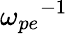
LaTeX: {\omega_{pe}}^{-1}